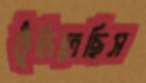
ফুঁড়িতেছিস